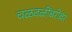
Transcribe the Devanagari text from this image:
चळवळींबरोबर